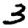
Digit: 3